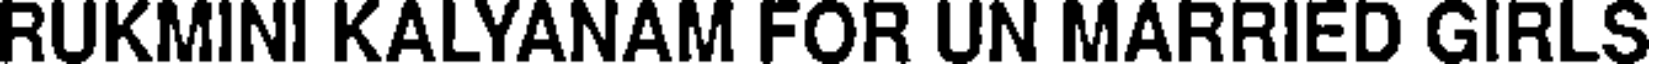
RUKMINI KALYANAM FOR UN MARRIED GIRLS